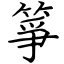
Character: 箏